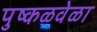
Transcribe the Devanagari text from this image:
पुष्कळवेळा